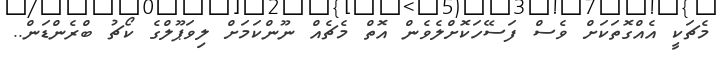
މެޗަކީ އެއްގޮތަކަށް ވެސް ފަސޭހަކޮށްލެވެން އޮތް މެޗެއް ނޫންކަމަށް ލިވަޕޫލްގެ ކޯޗު ބްރެންޑަން..